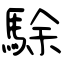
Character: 駼